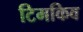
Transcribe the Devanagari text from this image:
टिमकिव